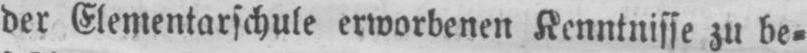
der Elementarschule erworbenen Kenntnisse zu be⸗